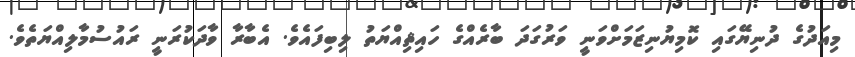
މިއަދުގެ ދުނިޔޭގައި ކޮމިޔުނިޒަމަށްވަނީ ވަރުގަދަ ބާރެއްގެ ހައިޘިއްޔަތު ލިބިފައެވެ. އެބާރާ ވާދަކުރަނީ ރައުސުމާލިއްޔަތެވެ.